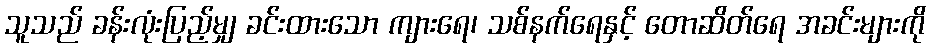
သူသည် ခန်းလုံးပြည့်မျှ ခင်းထားသော ကျားရေ၊ သစ်နက်ရေနှင့် တောဆိတ်ရေ အခင်းများကို